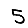
Digit: 5